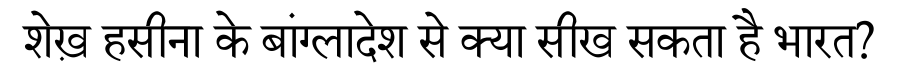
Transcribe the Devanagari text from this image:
शेख़ हसीना के बांग्लादेश से क्या सीख सकता है भारत?